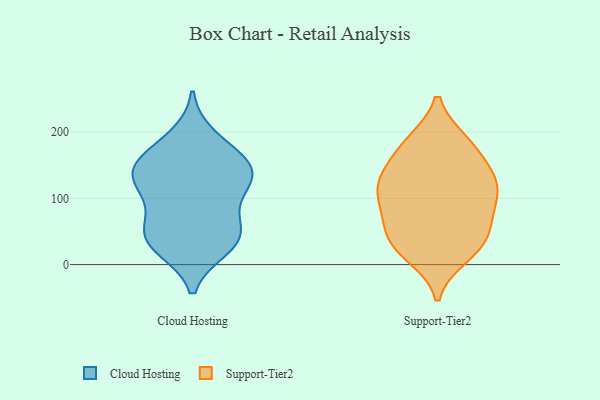
{"axis": {"x": "Operating Costs (USD K)", "y": "Value"}, "legend": ["Cloud Hosting", "Support-Tier2"], "data": [{"x": "", "y": 54, "type": "Cloud Hosting"}, {"x": "", "y": 42, "type": "Cloud Hosting"}, {"x": "", "y": 120, "type": "Cloud Hosting"}, {"x": "", "y": 147, "type": "Cloud Hosting"}, {"x": "", "y": 131, "type": "Cloud Hosting"}, {"x": "", "y": 192, "type": "Cloud Hosting"}, {"x": "", "y": 31, "type": "Cloud Hosting"}, {"x": "", "y": 158, "type": "Cloud Hosting"}, {"x": "", "y": 122, "type": "Cloud Hosting"}, {"x": "", "y": 135, "type": "Cloud Hosting"}, {"x": "", "y": 164, "type": "Cloud Hosting"}, {"x": "", "y": 26, "type": "Cloud Hosting"}, {"x": "", "y": 45, "type": "Cloud Hosting"}, {"x": "", "y": 82, "type": "Cloud Hosting"}, {"x": "", "y": 115, "type": "Support-Tier2"}, {"x": "", "y": 25, "type": "Support-Tier2"}, {"x": "", "y": 125, "type": "Support-Tier2"}, {"x": "", "y": 149, "type": "Support-Tier2"}, {"x": "", "y": 185, "type": "Support-Tier2"}, {"x": "", "y": 181, "type": "Support-Tier2"}, {"x": "", "y": 79, "type": "Support-Tier2"}, {"x": "", "y": 35, "type": "Support-Tier2"}, {"x": "", "y": 182, "type": "Support-Tier2"}, {"x": "", "y": 14, "type": "Support-Tier2"}, {"x": "", "y": 51, "type": "Support-Tier2"}, {"x": "", "y": 84, "type": "Support-Tier2"}, {"x": "", "y": 30, "type": "Support-Tier2"}, {"x": "", "y": 71, "type": "Support-Tier2"}, {"x": "", "y": 123, "type": "Support-Tier2"}, {"x": "", "y": 114, "type": "Support-Tier2"}, {"x": "", "y": 128, "type": "Support-Tier2"}]}